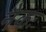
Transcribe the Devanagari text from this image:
नैकः